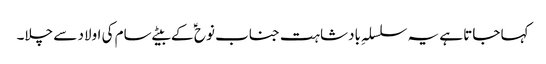
کہا جاتا ہے یہ سلسلہِ بادشاہت جناب نوح ؑ کے بیٹے سام کی اولاد سے چلا۔